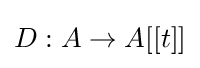
D:A\to A[[t]]